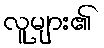
လူများ၏